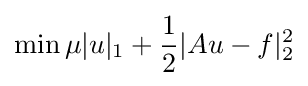
\min \mu |u|_{1}+{\frac {1}{2}}|Au-f|_{2}^{2}